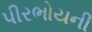
પીરભોયની